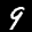
Label: 9